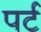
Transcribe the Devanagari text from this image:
पर्ट